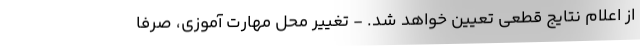
از اعلام نتایج قطعی تعیین خواهد شد. - تغییر محل مهارت آموزی، صرفا